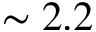
\sim 2 . 2